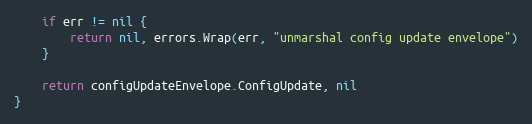
Language: Go
	if err != nil {
		return nil, errors.Wrap(err, "unmarshal config update envelope")
	}

	return configUpdateEnvelope.ConfigUpdate, nil
}